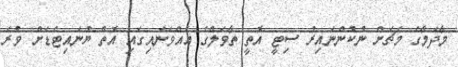
މާދަމާގެ މެޗަށް ނުކުންނައިރު ސިޓީ އޮތީ ތާވަލްގެ އެއްވަނައިގައި އޮތް ޔުނައިޓެޑަށް ވުރެ